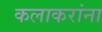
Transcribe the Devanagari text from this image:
कलाकरांना